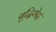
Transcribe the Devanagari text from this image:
बुद्धिभेद